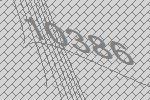
10386